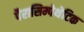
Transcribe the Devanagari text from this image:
पैरासिम्पेथेटिक